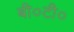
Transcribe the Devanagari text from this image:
बी०टी०